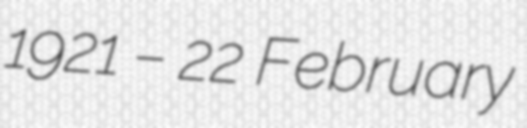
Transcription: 1921 – 22 February